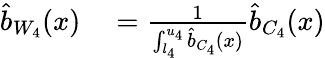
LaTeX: \begin{array}{rl}{\widehat{b}_{W_{4}}(x)}&{{}=\frac{1}{\int_{l_{4}}^{u_{4}}\widehat{b}_{C_{4}}(x)}\widehat{b}_{C_{4}}(x)}\end{array}